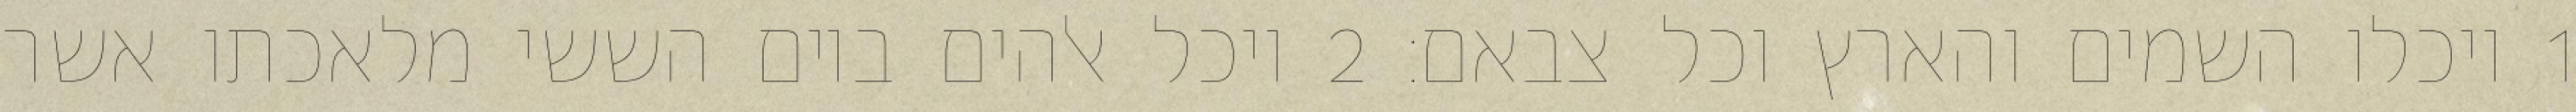
1 ויכלו השמים והארץ וכל צבאם׃ ‎2‏ ויכל אלהים ביום הששי מלאכתו אשר